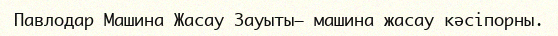
Павлодар Машина Жасау Зауыты– машина жасау кәсіпорны.